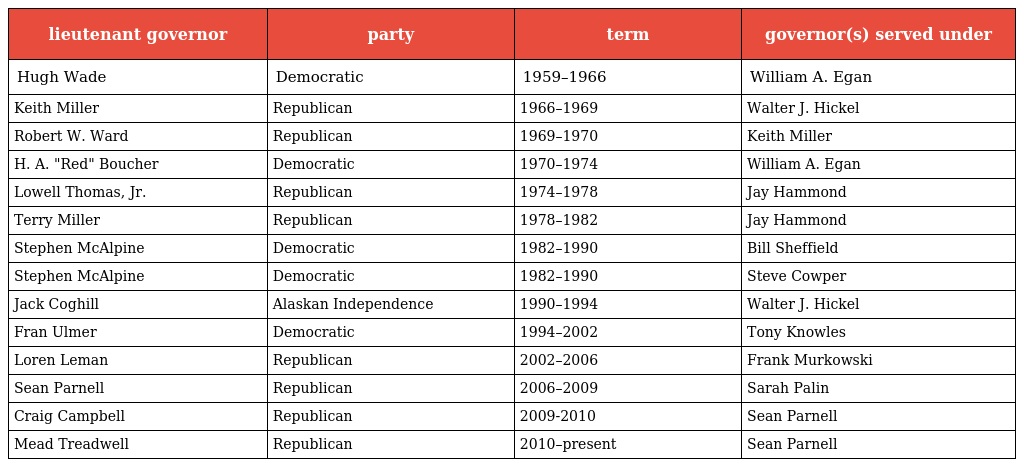
| lieutenant governor | party | term | governor(s) served under |
 | --- | --- | --- | --- |
 | Hugh Wade | Democratic | 1959–1966 | William A. Egan |
 | Keith Miller | Republican | 1966–1969 | Walter J. Hickel |
 | Robert W. Ward | Republican | 1969–1970 | Keith Miller |
 | H. A. "Red" Boucher | Democratic | 1970–1974 | William A. Egan |
 | Lowell Thomas, Jr. | Republican | 1974–1978 | Jay Hammond |
 | Terry Miller | Republican | 1978–1982 | Jay Hammond |
 | Stephen McAlpine | Democratic | 1982–1990 | Bill Sheffield |
 | Stephen McAlpine | Democratic | 1982–1990 | Steve Cowper |
 | Jack Coghill | Alaskan Independence | 1990–1994 | Walter J. Hickel |
 | Fran Ulmer | Democratic | 1994–2002 | Tony Knowles |
 | Loren Leman | Republican | 2002–2006 | Frank Murkowski |
 | Sean Parnell | Republican | 2006–2009 | Sarah Palin |
 | Craig Campbell | Republican | 2009-2010 | Sean Parnell |
 | Mead Treadwell | Republican | 2010–present | Sean Parnell |